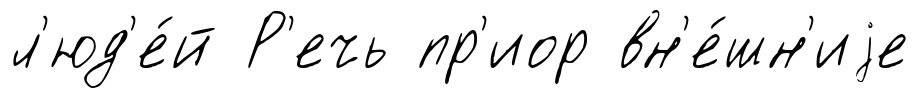
л'юд'е́й Р'ечь пр'иор вн'е́шн'иjе